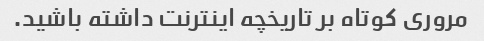
مروری کوتاه بر تاریخچه اینترنت داشته باشید.